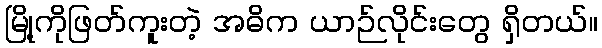
မြို့ကိုဖြတ်ကူးတဲ့ အဓိက ယာဉ်လိုင်းတွေ ရှိတယ်။